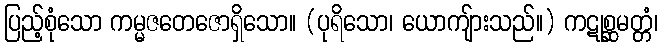
ပြည့်စုံသော ကမ္မဇတေဇောရှိသော။ (ပုရိသော၊ ယောကျ်ားသည်။) ကဋုစ္ဆမတ္တံ၊